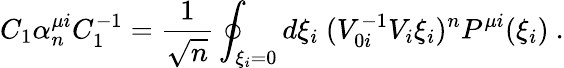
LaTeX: C_{1}\alpha_{n}^{\mu i}C_{1}^{-1}=\frac{1}{\sqrt{n}}\oint_{\xi_{i}=0}d\xi_{i}\ (V_{0i}^{-1}V_{i}\xi_{i})^{n}P^{\mu i}(\xi_{i})\ .